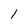
Character: 1